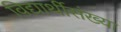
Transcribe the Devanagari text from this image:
विद्यार्थीसंख्या